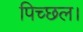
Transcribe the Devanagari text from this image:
पिच्छल।